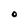
Character: O